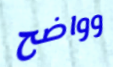
وواضح